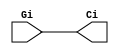
module smallCircle(
    input Gi,
    output Ci
);
	
	buf buf0 (Ci, Gi);
	
endmodule